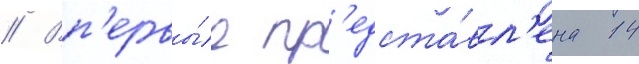
// Вп'ервы́е пр'едста́вл'ена 14